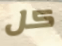
كل